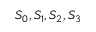
S _ { 0 } , S _ { 1 } , S _ { 2 } , S _ { 3 }